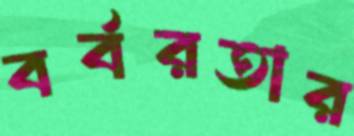
বর্বরতার